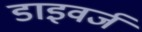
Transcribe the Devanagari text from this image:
डाइवर्ज